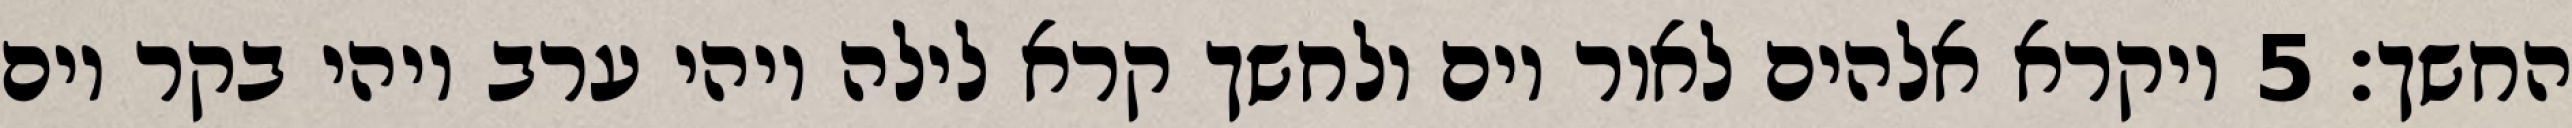
החשך׃ ‎5‏ ויקרא אלהים לאור יום ולחשך קרא לילה ויהי ערב ויהי בקר יום